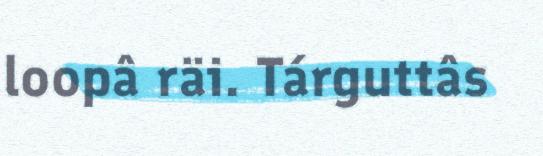
loopâ räi. Tárguttâs